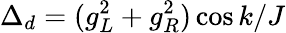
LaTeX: \Delta_{d}=(g_{L}^{2}+g_{R}^{2})\cos k/J